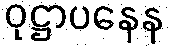
ဝုဋ္ဌာပနေန